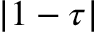
| 1 - \tau |